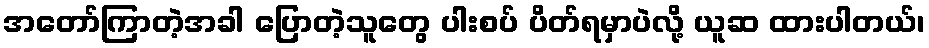
အတော်ကြာတဲ့အခါ ပြောတဲ့သူတွေ ပါးစပ် ပိတ်ရမှာပဲလို့ ယူဆ ထားပါတယ်၊